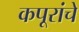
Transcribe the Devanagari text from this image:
कपूरांचे